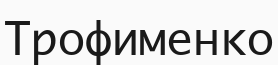
Трофименко